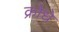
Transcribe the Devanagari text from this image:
क्रोधे